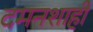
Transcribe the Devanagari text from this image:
दमनशाही